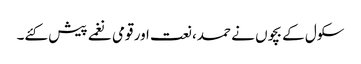
سکول کے بچوں نے حمد، نعت اور قومی نغمے پیش کئے۔